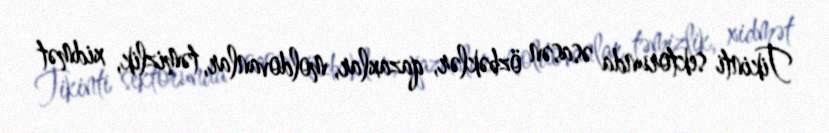
Tikinti sektorunda əsasən özbəklər, qazaxlar, moldovanlar, təmizlik, xidmət